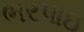
ભરપાઇ